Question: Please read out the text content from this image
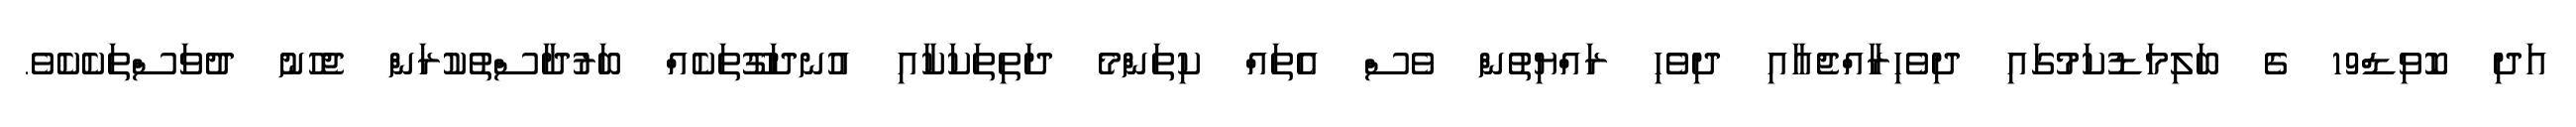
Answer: އަދި ކޮވިޑް19 ގެ ބަލިމަޑުކަމުގައި ދިވެހިރާއްޖެއާއި ދިވެހި ރައްޔިތުން ވެސް އެތައް ކިތަންމެ ދަތިތަކަކާއި އުނދަގޫތަކެއް ބަރުދާސްތުކުރަން ޖެހުނު ދުވަސްތަކެކެވެ.